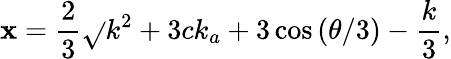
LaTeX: \mathbf{x}=\frac{{2}}{{3}}\sqrt{}{{k^{2}+3ck_{a}+3}}\cos{\left(\theta/3\right)}-\frac{{k}}{{3}},